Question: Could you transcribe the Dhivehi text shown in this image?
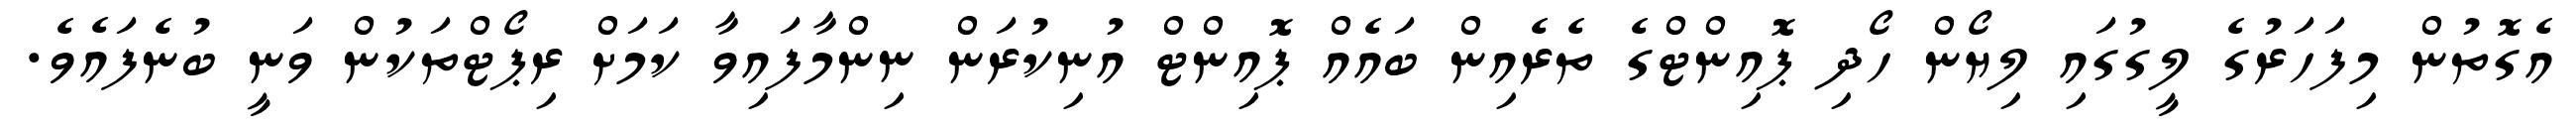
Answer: އެގޮތުން މިފަހަރުގެ ލީގުގައި ލިޔޯން ހޯދި ޕޮއިންޓްގެ ތެރެއިން ބައެއް ޕޮއިންޓް އުނިކުރަން ނިންމާފައިވާ ކަމަށް ރިޕޯޓްތަކުން ވަނީ ބުނެފައެވެ.